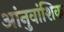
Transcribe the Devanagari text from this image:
आंनुवांशिक